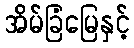
အိမ်ခြံမြေနှင့်